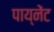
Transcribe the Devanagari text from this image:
पाय्नेंट